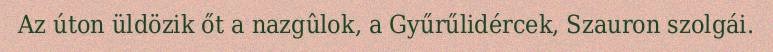
Az úton üldözik őt a nazgûlok, a Gyűrűlidércek, Szauron szolgái.